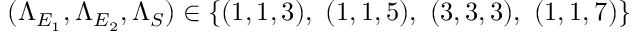
( \Lambda _ { E _ { 1 } } , \Lambda _ { E _ { 2 } } , \Lambda _ { S } ) \in \{ ( 1 , 1 , 3 ) , ~ ( 1 , 1 , 5 ) , ~ ( 3 , 3 , 3 ) , ~ ( 1 , 1 , 7 ) \}